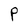
Character: P